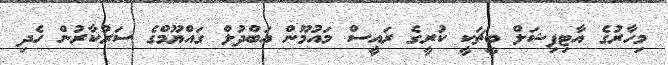
މިހާރުގެ އާޓިފިޝަލް ބީޗަކީ ކުރީގެ ރައީސް މައުމޫން އަބްދުލް ގައްޔޫމްގެ ސަރުކާރުން ހެދި